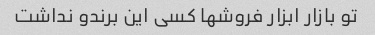
تو بازار ابزار فروشها کسی این برندو نداشت